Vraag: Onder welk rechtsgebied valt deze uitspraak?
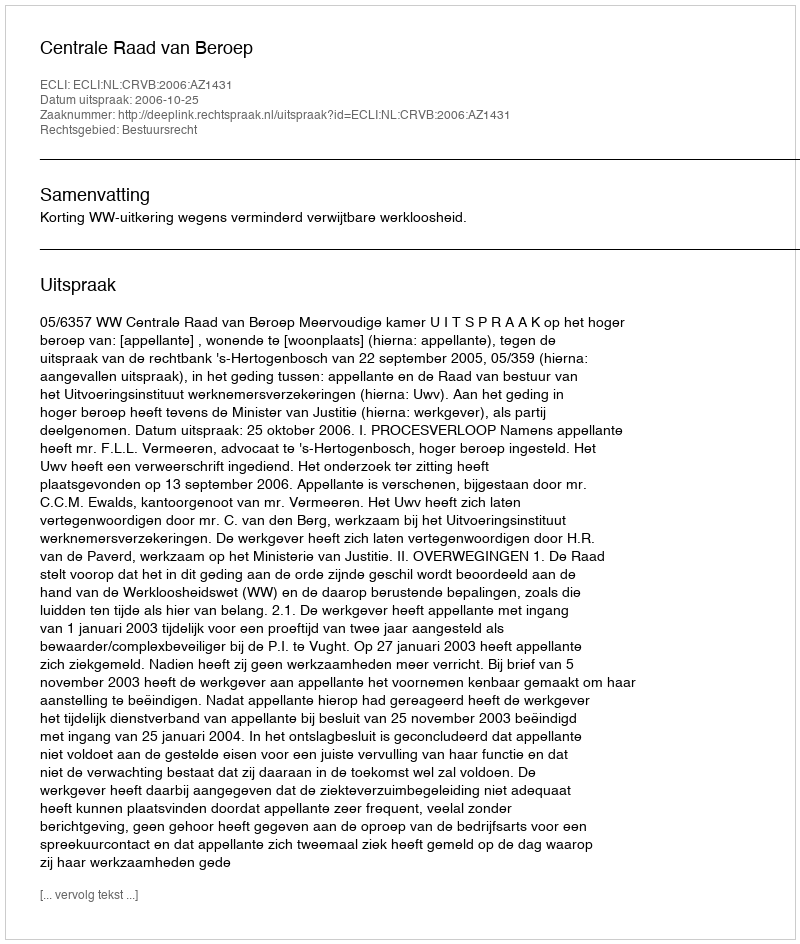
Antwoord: Bestuursrecht